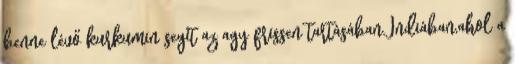
benne lévő kurkumin segít az agy frissen tartásában.Indiában,ahol a